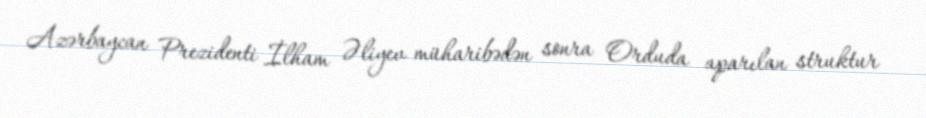
Azərbaycan Prezidenti İlham Əliyev müharibədən sonra Orduda aparılan struktur